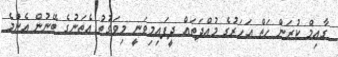
ގާއިމް ކުރަން ހަތް އަހަރުގެ މުއްދަތައް ދީފައިމިވަނީ މިވަގުތު އެތަނުގެ ބޭނުން އެންމެ